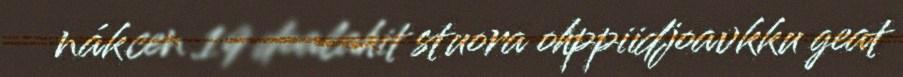
nákcen 19 doalahit stuora ohppiidjoavkku geat